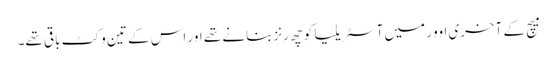
میچ کے آخری اوور میں آسٹریلیا کو چھ رنز بنانے تھے اور اس کے تین وکٹ باقی تھے۔